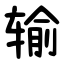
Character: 输